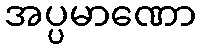
အပ္ပမာဏော